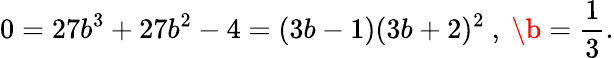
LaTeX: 0=27b^{3}+27b^{2}-4=(3b-1)(3b+2)^{2}\ ,\ \b=\frac{1}{3}.